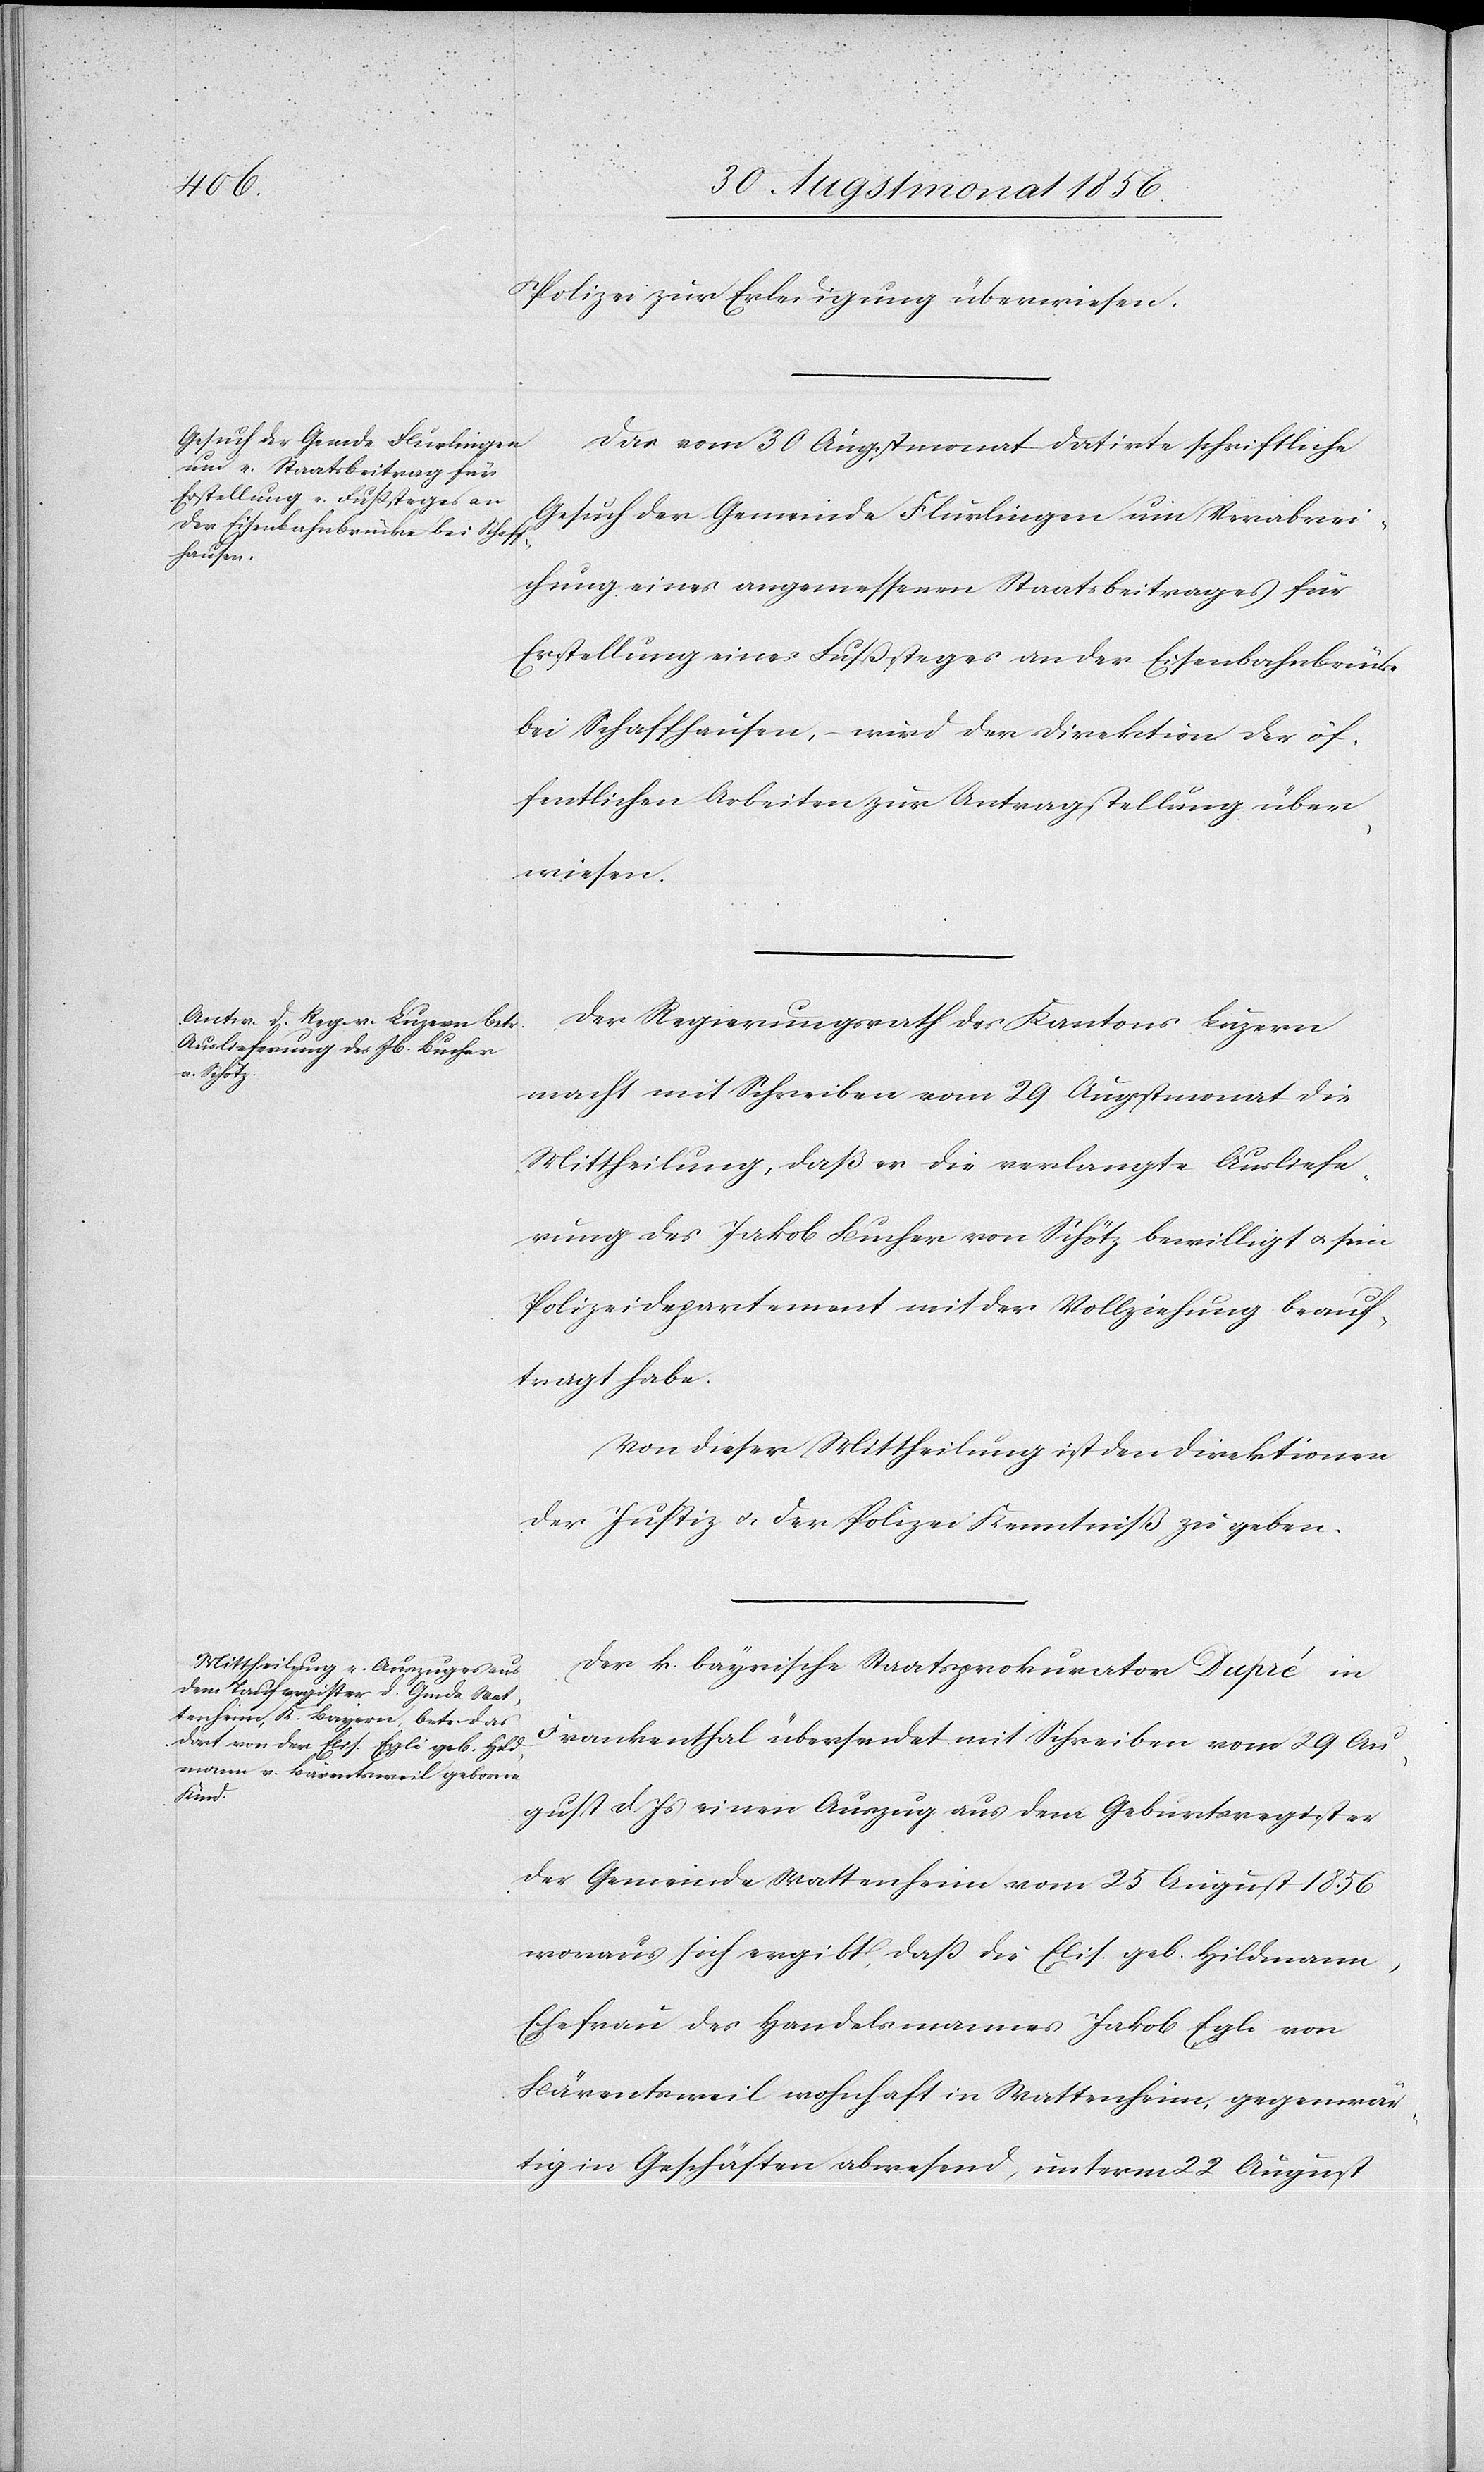
Polizei zur Erledigung überwiesen.
Das vom 30 Augstmonat datirte schriftliche
Gesuch der Gemeinde Flurlingen um Verabrei¬
chung eines angemessenen Staatsbeitrages für
Erstellung eines Fußsteges an der Eisenbahnbrücke
bei Schaffhausen, – wird der Direktion der öf¬
fentlichen Arbeiten zur Antragstellung über¬
wiesen.
Der Regierungsrath des Kantons Luzern
macht mit Schreiben vom 29 Augstmonat die
Mittheilung, daß er die verlangte Ausliefe¬
rung des Jakob Bucher von Schötz bewilligt u. sein
Polizeidepartement mit der Vollziehung beauf¬
tragt habe.
Von dieser Mittheilung ist den Direktionen
der Justiz u. der Polizei Kenntniß zu geben.
Der k. bayrische Staatsprokurator Dupré in
Frankenthal übersendet mit Schreiben vom 29 Au¬
gust d. Js einen Auszug aus dem Geburtsregister
der Gemeinde Wattenheim vom 25 August 1856
woraus sich ergibt, dass die Elis. geb. Hildmann,
Ehefrau des Handelsmannes Jakob Egli von
Bärentsweil wohnhaft in Wattenheim, gegenwär¬
tig in Geschäften abwesend, unterm 22 August